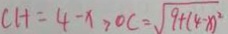
C H = 4 - x > O C = \sqrt { 9 + ( 4 - x ) ^ { 2 } }